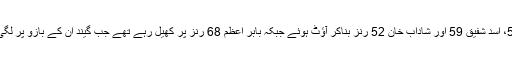
پاکستان کی جانب سے اظہر علی 50، اسد شفیق 59 اور شاداب خان 52 رنز بناکر آﺅٹ ہوئے جبکہ بابر اعظم 68 رنز پر کھیل رہے تھے جب گیند ان کے بازو پر لگی اور انہیں گراﺅنڈ سے باہر جانا پڑا۔